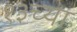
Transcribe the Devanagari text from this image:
१३च्या